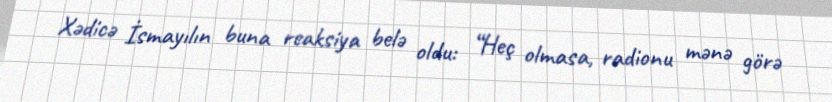
Xədicə İsmayılın buna reaksiya belə oldu: “Heç olmasa, radionu mənə görə